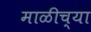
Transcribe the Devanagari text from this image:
माळीच्या